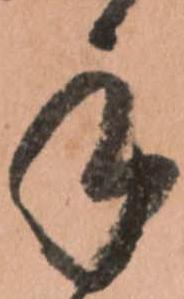
手